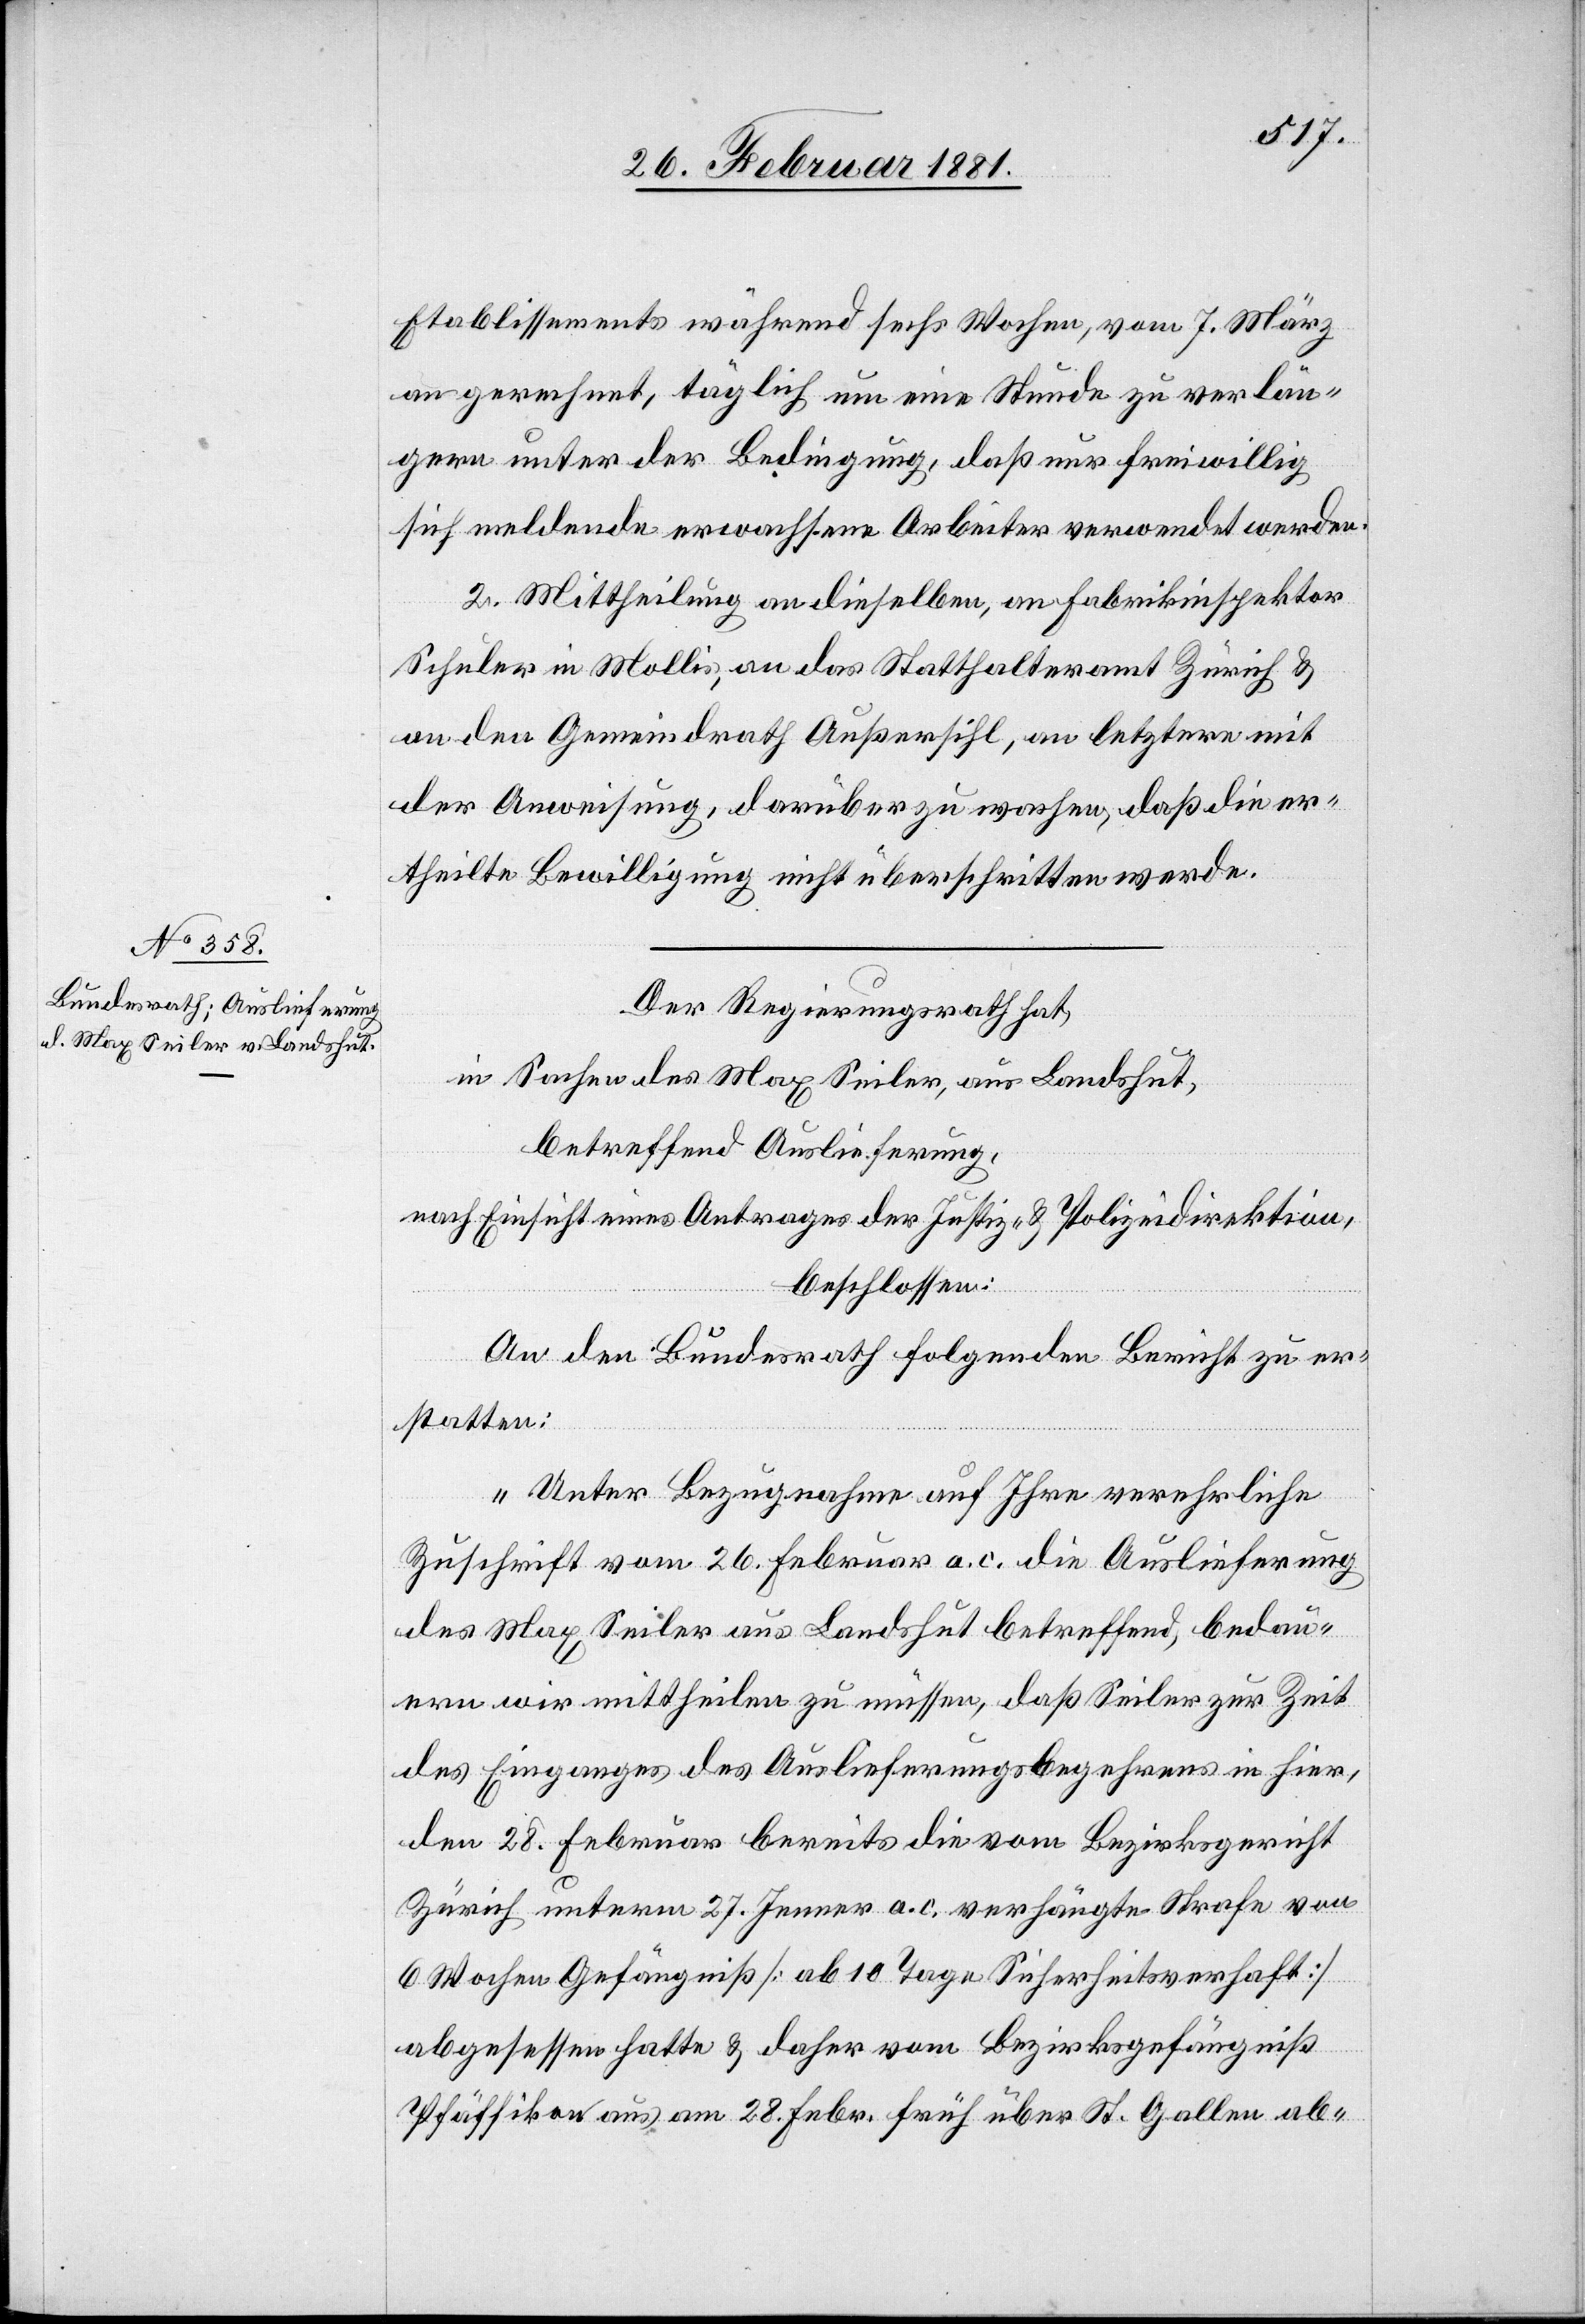
Etablissements während sechs Wochen, vom 7. März
an gerechnet, täglich um eine Stunde zu verlän¬
gern unter der Bedingung, daß nur freiwillig
sich meldende erwachsene Arbeiter verwendet werden.
2. Mittheilung an dieselben, an Fabrikinspektor
Schuler in Mollis, an das Statthalteramt Zürich &
an den Gemeindrath Außersihl, an letztere mit
der Anweisung, darüber zu wachen, daß die er¬
theilte Bewilligung nicht überschritten werde.
Der Regierungsrath hat,
in Sachen des Max Seiler, aus Landshut,
betreffend Auslieferung,
nach Einsicht eines Antrages der Justiz- & Polizeidirektion,
beschlossen:
An den Bundesrath folgenden Bericht zu er¬
statten:
„Unter Bezugnahme auf Ihre verehrliche
Zuschrift vom 26. Februar a. c. die Auslieferung
des Max Seiler aus Landshut betreffend, bedau¬
ern wir mittheilen zu müssen, daß Seiler zur Zeit
des Eingangs des Auslieferungsbegehrens in hier,
den 28. Februar bereits die vom Bezirksgericht
Zürich unterm 27. Jenner a. c. verhängte Strafe von
6 Wochen Gefängniß [ab 10 Tage Sicherheitsverhaft]
abgesessen hatte & daher vom Bezirksgefängniß
Pfäffikon aus am 28. Febr. früh über St. Gallen ab-